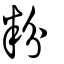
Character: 粉